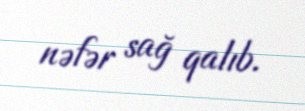
nəfər sağ qalıb.